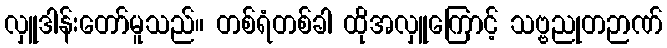
လှူဒါန်းတော်မူသည်။ တစ်ရံတစ်ခါ ထိုအလှူကြောင့် သဗ္ဗညုတဉာဏ်